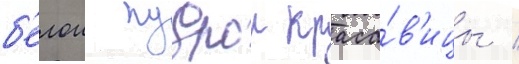
б'елои пудрои краса́в'ицы /